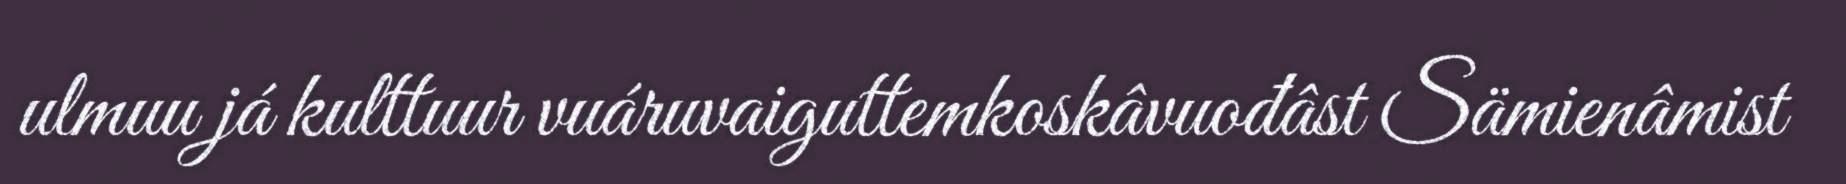
ulmuu já kulttuur vuáruvaiguttemkoskâvuođâst Sämienâmist